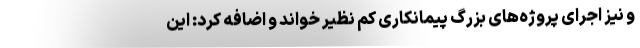
و نیز اجرای پروژه‌های بزرگ پیمانکاری کم نظیر خواند و اضافه کرد: این